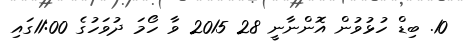
10. ބިޑް ހުޅުވުން އޮންނާނީ 28 2015 ވާ ހޯމަ ދުވަހުގެ 11:00ގައި